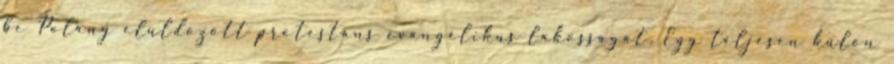
be Polány elüldözött protestáns evangélikus lakosságát. Egy teljesen külön